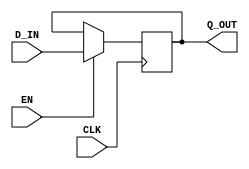

`ifdef BSV_ASSIGNMENT_DELAY
`else
`define BSV_ASSIGNMENT_DELAY
`endif


// Basic register without reset.
module ConfigRegUN(CLK, EN, D_IN, Q_OUT);
   parameter width = 1;

   input     CLK;
   input     EN;
   input [width - 1 : 0] D_IN;

   output [width - 1 : 0] Q_OUT;
   reg [width - 1 : 0]    Q_OUT;

`ifdef BSV_NO_INITIAL_BLOCKS
`else // not BSV_NO_INITIAL_BLOCKS
   // synopsys translate_off
   initial begin
      Q_OUT = {((width + 1)/2){2'b10}} ;
   end
   // synopsys translate_on
`endif // BSV_NO_INITIAL_BLOCKS

   
   always@(posedge CLK)
     begin
        if (EN)
          Q_OUT <= `BSV_ASSIGNMENT_DELAY D_IN;
     end
endmodule